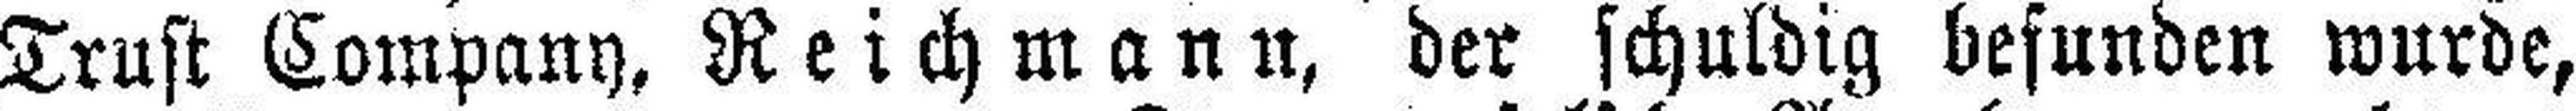
Trust Company, Reichmann, der schuldig befunden wurde,